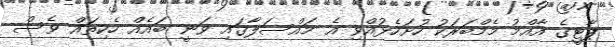
ޕާޓީގެ އާއްމު މެމްބަރަކު ހުށަހެޅުއްވި އެ މައްސަލާގައި ވަނީ ބައެއް ހެކިތައް ވެސް